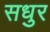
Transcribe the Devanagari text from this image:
सधुर